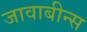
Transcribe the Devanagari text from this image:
जावाबीन्स